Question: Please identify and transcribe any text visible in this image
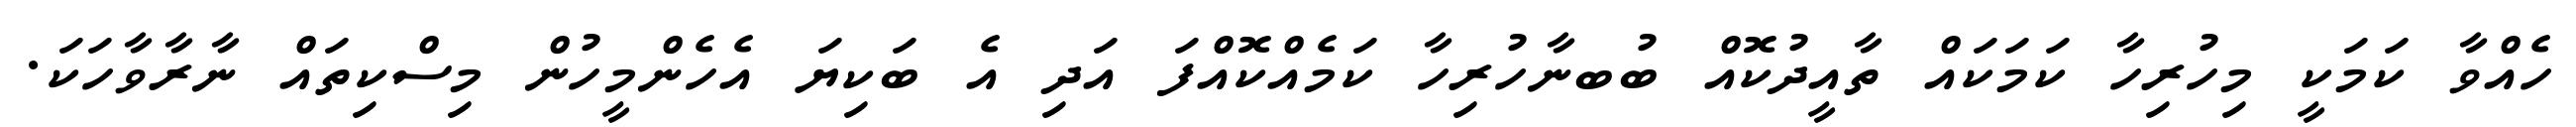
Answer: ހެއްވާ ކަމަކީ މިހުރިހާ ކަމަކައް ތާއީދުކޮއް ބުބނާހުރިހާ ކަމެއްކޮއްފަ އަދި އެ ބަކިޔަ އެހެންމީހުން މިސްކިތައް ނާރާވާހަކަ.